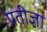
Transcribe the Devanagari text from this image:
प्रतीज्ञा